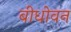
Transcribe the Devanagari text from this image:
बीधोवन